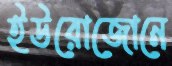
ইউরোজোনে